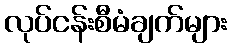
လုပ်ငန်းစီမံချက်များ